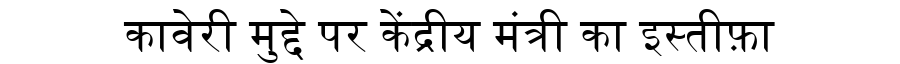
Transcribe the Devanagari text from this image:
कावेरी मुद्दे पर केंद्रीय मंत्री का इस्तीफ़ा